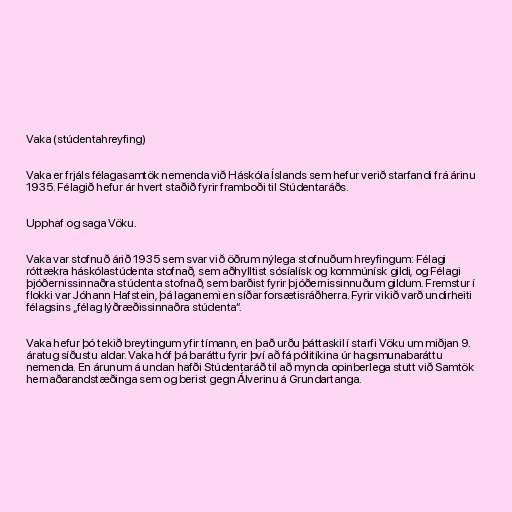
Vaka (stúdentahreyfing)

Vaka er frjáls félagasamtök nemenda við Háskóla Íslands sem hefur verið starfandi frá árinu
1935. Félagið hefur ár hvert staðið fyrir framboði til Stúdentaráðs.

Upphaf og saga Vöku.

Vaka var stofnuð árið 1935 sem svar við öðrum nýlega stofnuðum hreyfingum: Félagi
róttækra háskólastúdenta stofnað, sem aðhylltist sósíalísk og kommúnísk gildi, og Félagi
þjóðernissinnaðra stúdenta stofnað, sem barðist fyrir þjóðernissinnuðum gildum. Fremstur í
flokki var Jóhann Hafstein, þá laganemi en síðar forsætisráðherra. Fyrir vikið varð undirheiti
félagsins „félag lýðræðissinnaðra stúdenta“.

Vaka hefur þó tekið breytingum yfir tímann, en það urðu þáttaskil í starfi Vöku um miðjan 9.
áratug síðustu aldar. Vaka hóf þá baráttu fyrir því að fá pólitíkina úr hagsmunabaráttu
nemenda. En árunum á undan hafði Stúdentaráð til að mynda opinberlega stutt við Samtök
hernaðarandstæðinga sem og berist gegn Álverinu á Grundartanga.